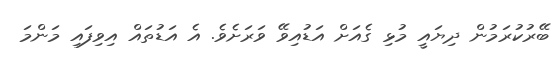
ބޭރުކުރަމުން ދިޔައީ މުޅި ގެއަށް އަޑުއިވޭ ވަރަށެވެ. އެ އަޑުތައް އިވިފައި މަންމަ